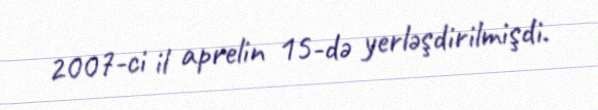
2007-ci il aprelin 15-də yerləşdirilmişdi.